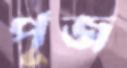
পূজ